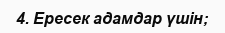
4. Ересек адамдар үшін;